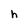
Character: h